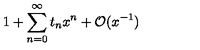
1 + \sum _ { n = 0 } ^ { \infty } t _ { n } x ^ { n } + { \cal O } ( x ^ { - 1 } )